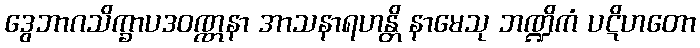
ဒွေဘာဂသိက္ခာပဒဝဏ္ဏနာ အာသနာရဟန္တိ နာမေသု ဘဏ္ဍိကံ ပဋိဟတော